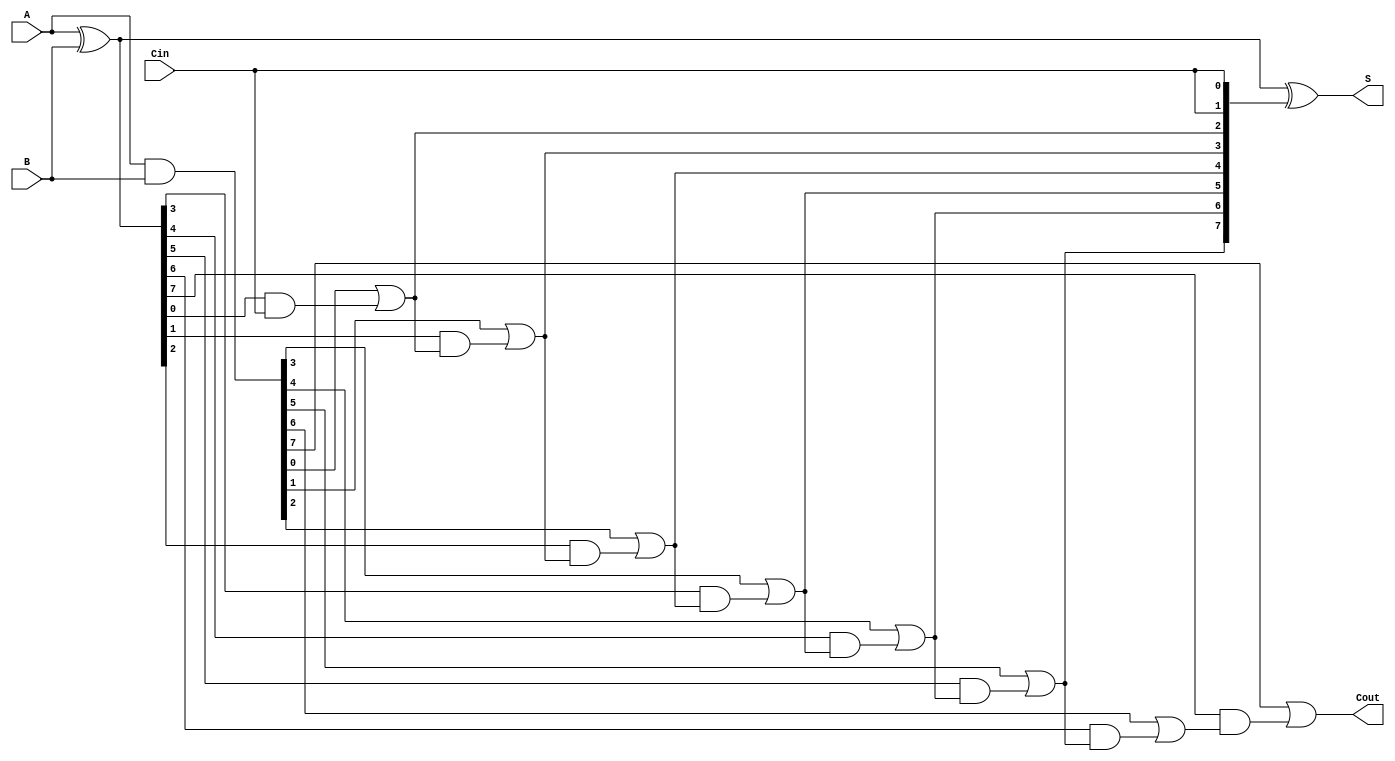
module VLCLA #(parameter N = 8, parameter LATENCY_LEVEL = 2) (
    input  [N-1:0] A,      // First operand
    input  [N-1:0] B,      // Second operand
    input          Cin,     // Carry-in
    output [N-1:0] S,      // Sum output
    output         Cout     // Carry-out
);

    // Generate and Propagate signals
    wire [N-1:0] P; // Propagate
    wire [N-1:0] G; // Generate
    wire [N:0] C;   // Carry signals

    // Generate P and G signals
    assign P = A ^ B; // P[i] = A[i] XOR B[i]
    assign G = A & B; // G[i] = A[i] AND B[i]

    // Carry generation logic
    assign C[0] = Cin; // Initial carry-in
    genvar i;
    generate
        for (i = 0; i < N; i = i + 1) begin : carry_gen
            // Carry-out for each bit
            assign C[i + 1] = G[i] | (P[i] & C[i]);
        end
    endgenerate

    // Sum calculation
    assign S = P ^ {C[N-1:0], Cin}; // S[i] = P[i] XOR C[i]

    // Carry-out
    assign Cout = C[N]; // Final carry-out

endmodule